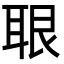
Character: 𦕨